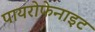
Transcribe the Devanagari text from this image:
पायरोफेनाइट